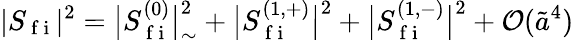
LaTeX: |S_{\mathrm{~f~i~}}|^{2}=\big\lvert S_{\mathrm{~f~i~}}^{(0)}\big\rvert_{\sim}^{2}+\big\lvert S_{\mathrm{~f~i~}}^{(1,+)}\big\rvert^{2}+\big\lvert S_{\mathrm{~f~i~}}^{(1,-)}\big\rvert^{2}+\mathcal{O}(\tilde{a}^{4})